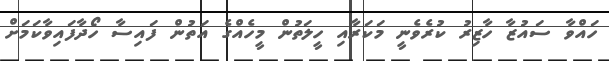
ހައްވާ ސައުޒާ ހާޒިރު ކުރެވެނީ މަކަރާއި ހީލަތުން މީހެއްގެ އަތުން ފައިސާ ހޯދާފައިވާކަމަށް